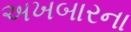
અખબારના